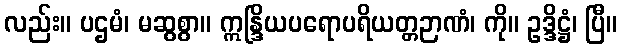
လည်း။ ပဌမံ၊ မဆွစွာ။ ဣန္ဒြိယပရောပရိယတ္တဉာဏံ၊ ကို။ ဥဒ္ဒိဋ္ဌံ၊ ပြီ။